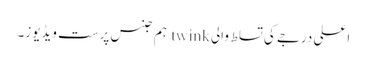
اعلی درجے کی تسلط والی twink ہم جنس پرست ویڈیوز۔